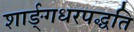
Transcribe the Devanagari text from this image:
शार्ङ्गधरपद्धति